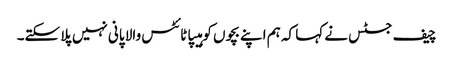
چیف جسٹس نے کہا کہ ہم اپنے بچوں کو ہیپاٹائٹس والا پانی نہیں پلا سکتے۔